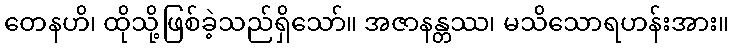
တေနဟိ၊ ထိုသို့ဖြစ်ခဲ့သည်ရှိသော်။ အဇာနန္တဿ၊ မသိသောရဟန်းအား။